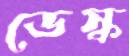
ডেস্ক